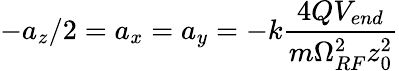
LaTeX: -a_{z}/2=a_{x}=a_{y}=-k\frac{4QV_{end}}{m\Omega_{RF}^{2}z_{0}^{2}}